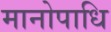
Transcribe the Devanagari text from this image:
मानोपाधि